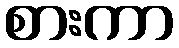
စားကာ